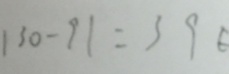
1 3 0 - 9 1 = 3 9 E